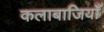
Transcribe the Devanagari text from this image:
कलाबाजियाँ